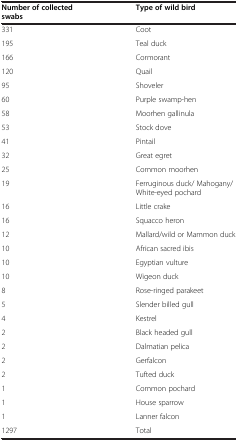
<table><thead><tr><td><b>Number of collected swabs</b></td><td><b>Type of wild bird</b></td></tr></thead><tbody><tr><td>331</td><td>Coot</td></tr><tr><td>195</td><td>Teal duck</td></tr><tr><td>166</td><td>Cormorant</td></tr><tr><td>120</td><td>Quail</td></tr><tr><td>95</td><td>Shoveler</td></tr><tr><td>60</td><td>Purple swamp-hen</td></tr><tr><td>58</td><td>Moorhen gallinula</td></tr><tr><td>53</td><td>Stock dove</td></tr><tr><td>41</td><td>Pintail</td></tr><tr><td>32</td><td>Great egret</td></tr><tr><td>25</td><td>Common moorhen</td></tr><tr><td>19</td><td>Ferruginous duck/ Mahogany/ White-eyed pochard</td></tr><tr><td>16</td><td>Little crake</td></tr><tr><td>16</td><td>Squacco heron</td></tr><tr><td>12</td><td>Mallard/wild or Mammon duck</td></tr><tr><td>10</td><td>African sacred ibis</td></tr><tr><td>10</td><td>Egyptian vulture</td></tr><tr><td>10</td><td>Wigeon duck</td></tr><tr><td>8</td><td>Rose-ringed parakeet</td></tr><tr><td>5</td><td>Slender billed gull</td></tr><tr><td>4</td><td>Kestrel</td></tr><tr><td>2</td><td>Black headed gull</td></tr><tr><td>2</td><td>Dalmatian pelica</td></tr><tr><td>2</td><td>Gerfalcon</td></tr><tr><td>2</td><td>Tufted duck</td></tr><tr><td>1</td><td>Common pochard</td></tr><tr><td>1</td><td>House sparrow</td></tr><tr><td>1</td><td>Lanner falcon</td></tr><tr><td>1297</td><td>Total</td></tr></tbody></table>